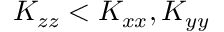
K _ { z z } < K _ { x x } , K _ { y y }